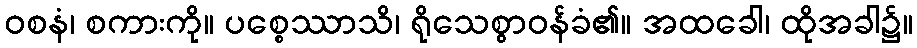
ဝစနံ၊ စကားကို။ ပစ္စေဿာသိ၊ ရိုသေစွာဝန်ခံ၏။ အထခေါ၊ ထိုအခါ၌။